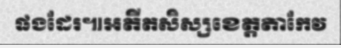
ផងដែរ៕អតីតសិស្សខេត្តតាកែវ